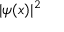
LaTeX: | \psi ( x ) | ^ { 2 }